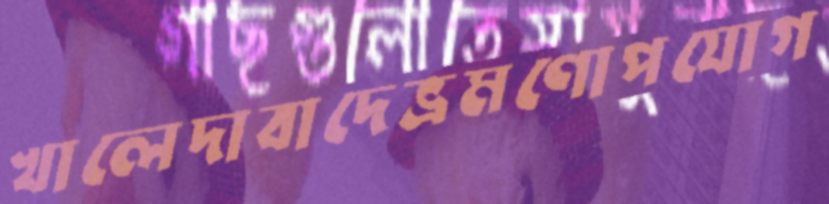
খালেদাবাদেভ্রমণোপযোগ